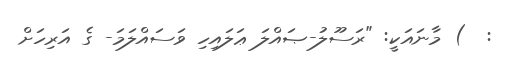
:  ) މާނައަކީ: "ރަސޫލު-ޞައްލަ ޢަލައިހި ވަސައްލަމަ- ގެ އަރިހަށް